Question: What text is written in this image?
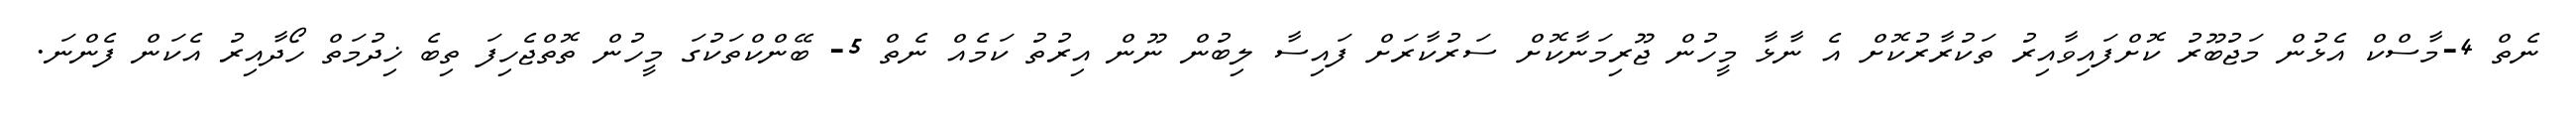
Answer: ނެތް 4-މާސްކް އެޅުން މަޖުބޫރު ކޮށްފައިވާއިރު ތަކުރާރުކޮށް އެ ނާޅާ މީހުން ޖޫރިމަނާކޮށް ސަރުކާރަށް ފައިސާ ލިބުން ނޫން އިރުތު ކަމެއް ނެތް 5- ބޭންކްތަކުގަ މީހުން ތޮތްޖެހިފަ ތިބެ ޚިދުމަތް ހޯދާއިރު އެކަން ފެންނަ.